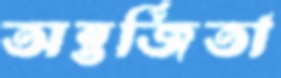
অন্তর্জিতা